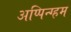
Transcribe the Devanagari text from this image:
अप्पिन्ग्हम